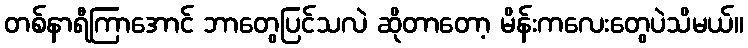
တစ်နာရီကြာအောင် ဘာတွေပြင်သလဲ ဆိုတာတော့ မိန်းကလေးတွေပဲသိမယ်။